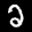
Label: 2